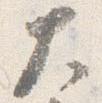
大